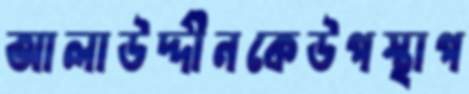
আলাউদ্দীনকেউপস্থাপ